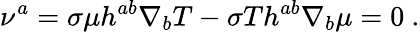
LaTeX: \nu^{a}=\sigma\mu h^{ab}\nabla_{b}T-\sigma Th^{ab}\nabla_{b}\mu=0~.